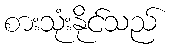
စားသုံးနိုင်သည်